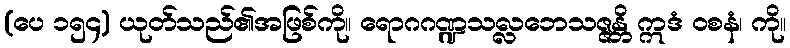
(ပေ ၁၅၄) ယုတ်သည်၏အဖြစ်ကို။ ရောဂဂဏ္ဍသလ္လဘေသဇ္ဇန္တိ ဣဒံ ဝစနံ၊ ကို။